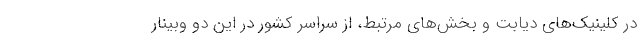
در کلینیک‌های دیابت و بخش‌های مرتبط، از سراسر کشور در این دو وبینار